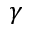
\gamma